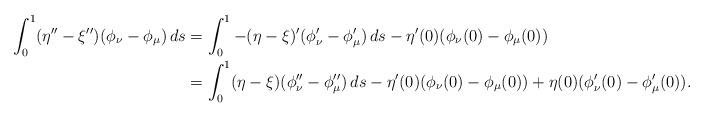
LaTeX: \begin{align*}\int_{0}^{1}(\eta''-\xi'')(\phi_{\nu}-\phi_{\mu})\,ds & =\int_{0}^{1}-(\eta-\xi)'(\phi_{\nu}'-\phi_{\mu}')\,ds-\eta'(0)(\phi_{\nu}(0)-\phi_{\mu}(0))\\ & =\int_{0}^{1}(\eta-\xi)(\phi_{\nu}''-\phi_{\mu}'')\,ds-\eta'(0)(\phi_{\nu}(0)-\phi_{\mu}(0))+\eta(0)(\phi_{\nu}'(0)-\phi_{\mu}'(0)).\end{align*}